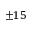
\pm 1 5